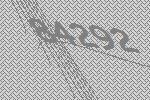
84292